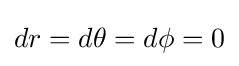
dr=d\theta =d\phi =0